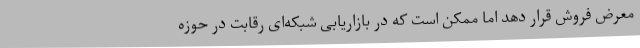
معرض فروش قرار دهد اما ممکن است که در بازاریابی شبکه‌ای رقابت در حوزه